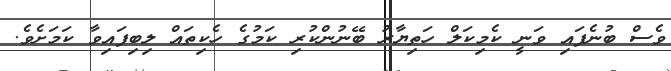
ވެސް ބުނެފައި ވަނީ ކެމިކަލް ހަތިޔާރު ބޭނުންކުރި ކަމުގެ ހެކިތައް ލިބިފައިވާ ކަމަށެވެ.